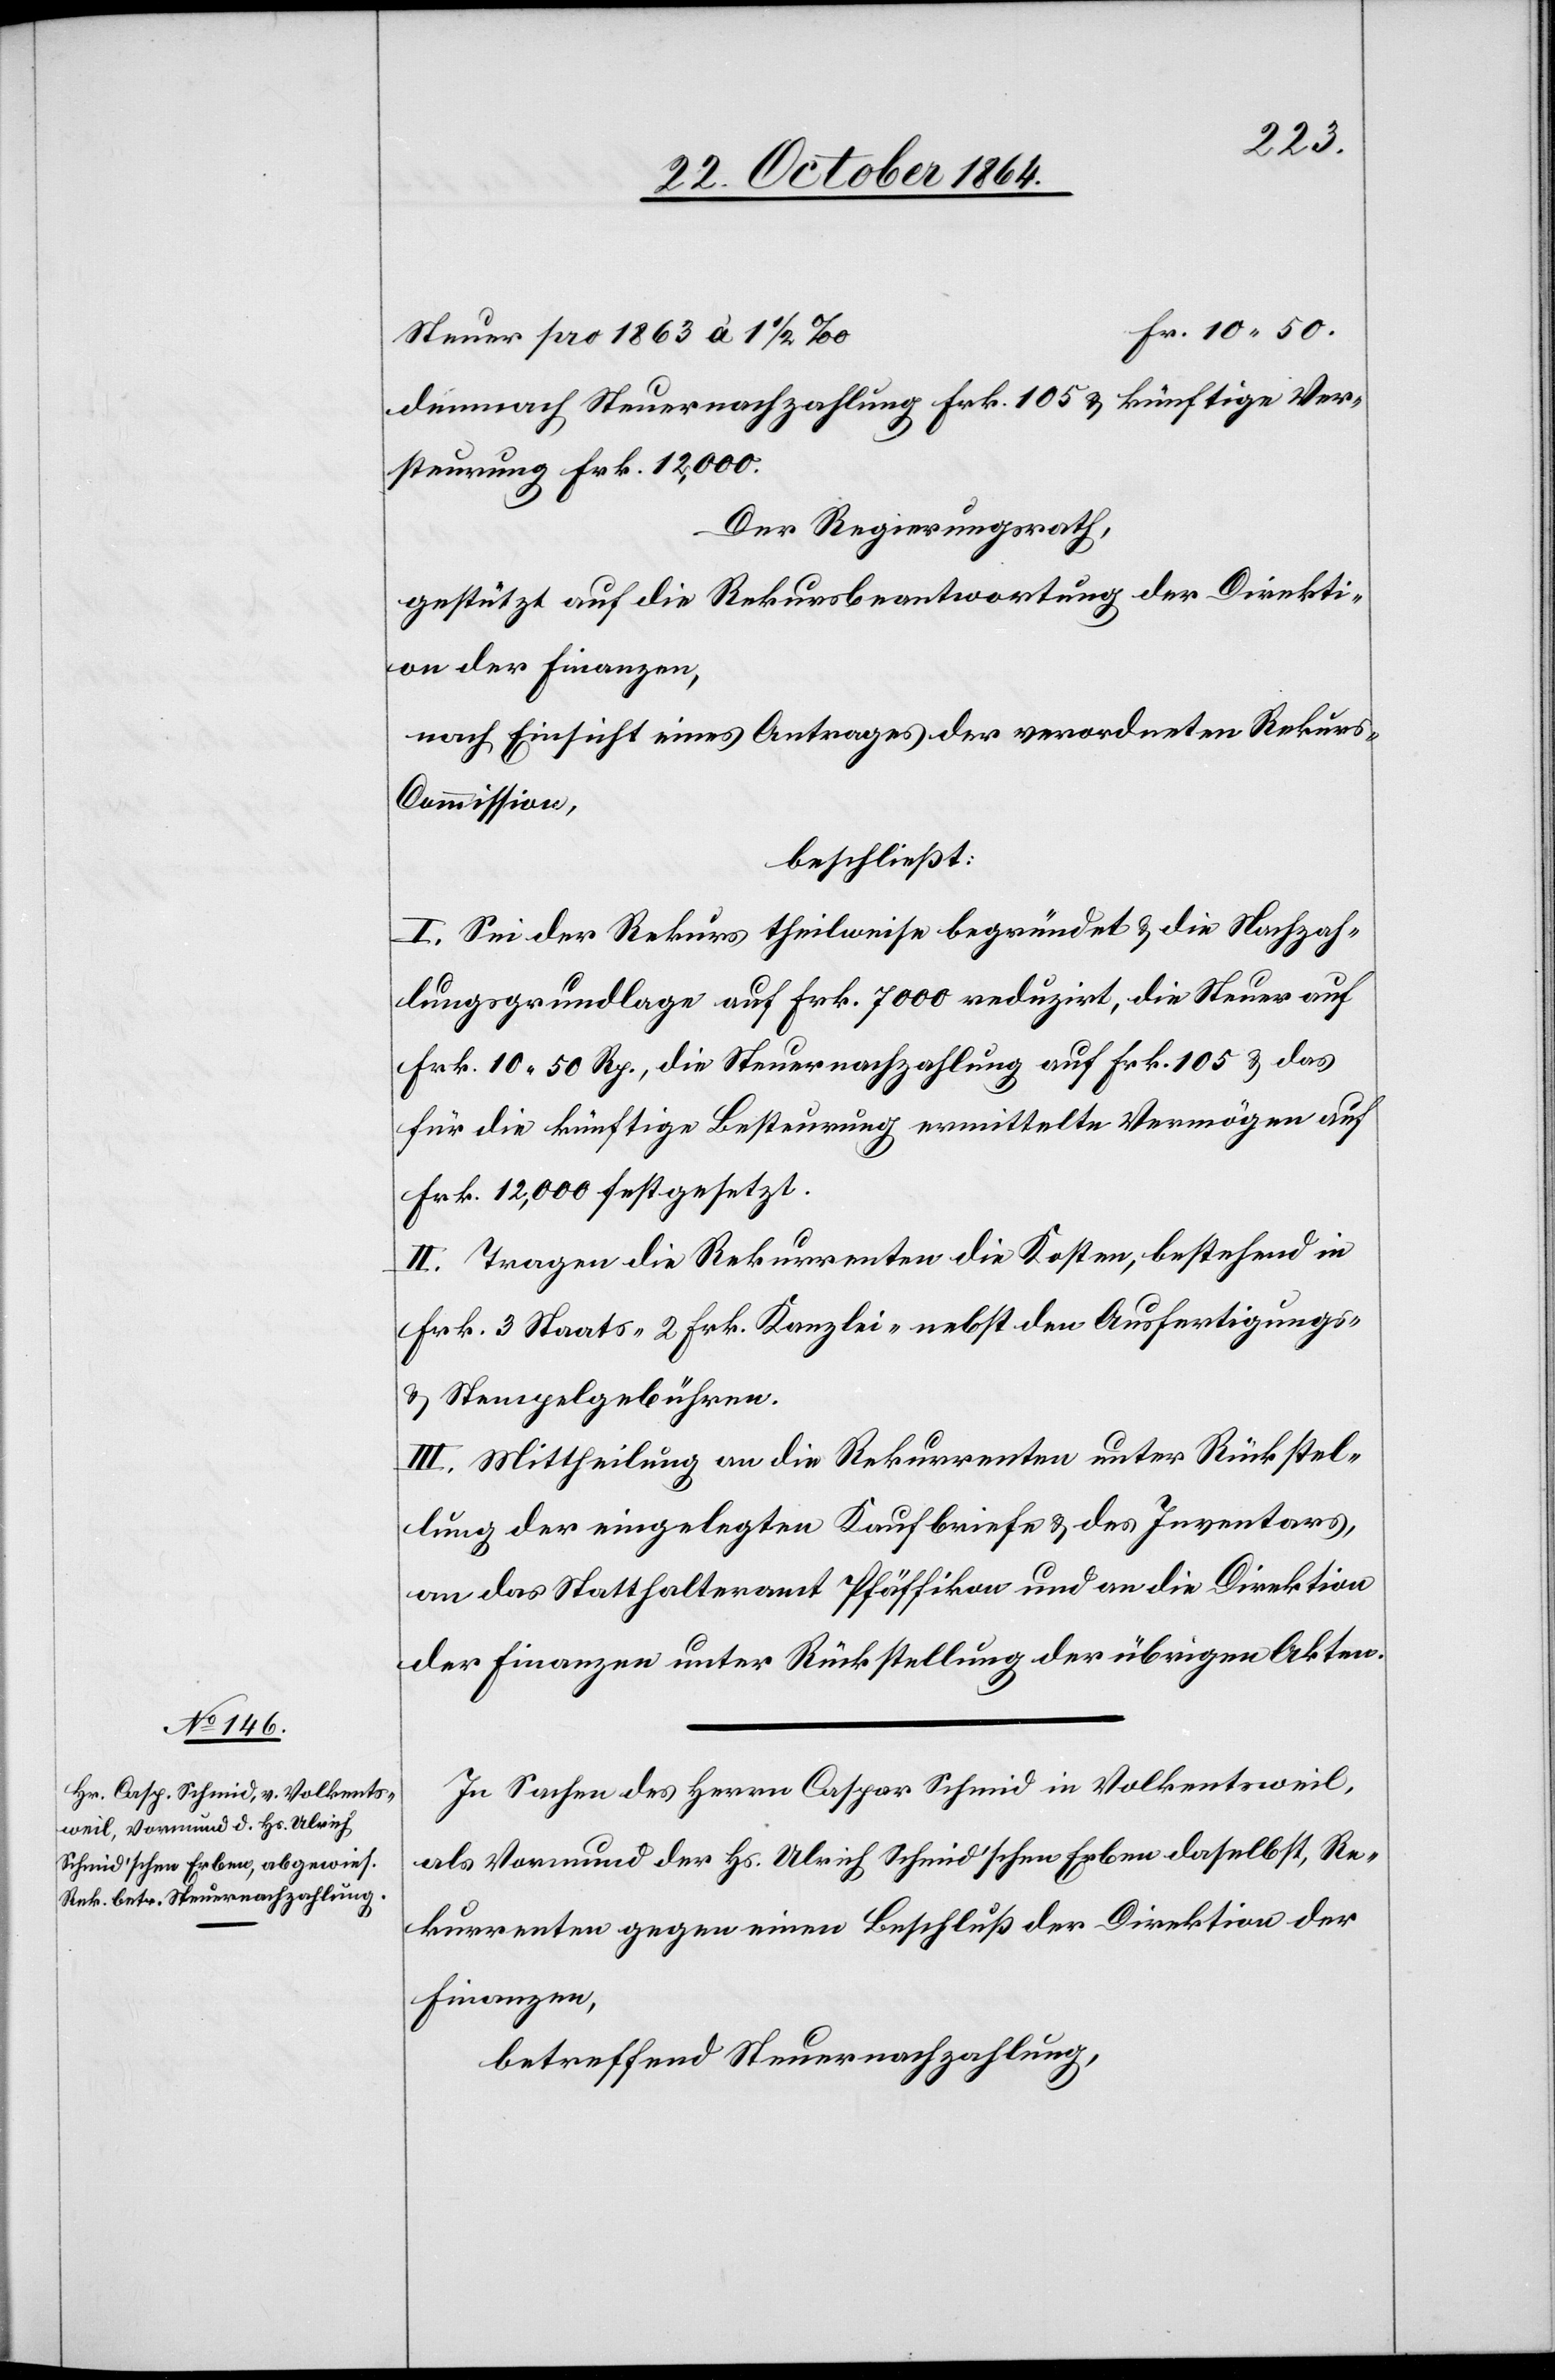
Steuer pro 1863 à 1 1/2 ‰
demnach Steuernachzahlung Frk. 105 & künftige Ver¬
steurung Fr. 12,000.
Der Regierungsrath,
gestützt auf die Rekursbeantwortung der Direkti¬
on der Finanzen,
nach Einsicht eines Antrages der verordneten Rekur¬
s-Commission,
beschließt:
I. Sei der Rekurs theilweise begründet & die Nachzah¬
lungsgrundlage auf Frk. 7000 reduzirt, die Steuer auf
Frk. 10.50 Rp., die Steuernachzahlung auf Frk. 105 & das
für die künftige Besteurung ermittelte Vermögen auf
Frk. 12,000 festgesetzt.
II. Tragen die Rekurrenten die Kosten, bestehend in
Frk. 3 Staats- 2 Frk. Kanzlei- nebst den Ausfertigungs-
& Stempelgebühren.
III. Mittheilung an die Rekurrenten unter Rückstel¬
lung der eingelegten Kaufbriefe & des Inventars,
an das Statthalteramt Pfäffikon und an die Direktion
der Finanzen unter Rückstellung der übrigen Akten.
In Sachen des Herrn Caspar Schmid in Volkentsweil,
als Vormund der Hs. Ulrich Schmid’schen Erben daselbst, Re¬
kurrenten gegen einen Beschluß der Direktion der
Finanzen,
betreffend Steuernachzahlung,